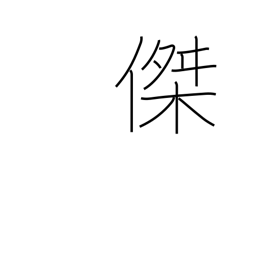
Meaning: excellence